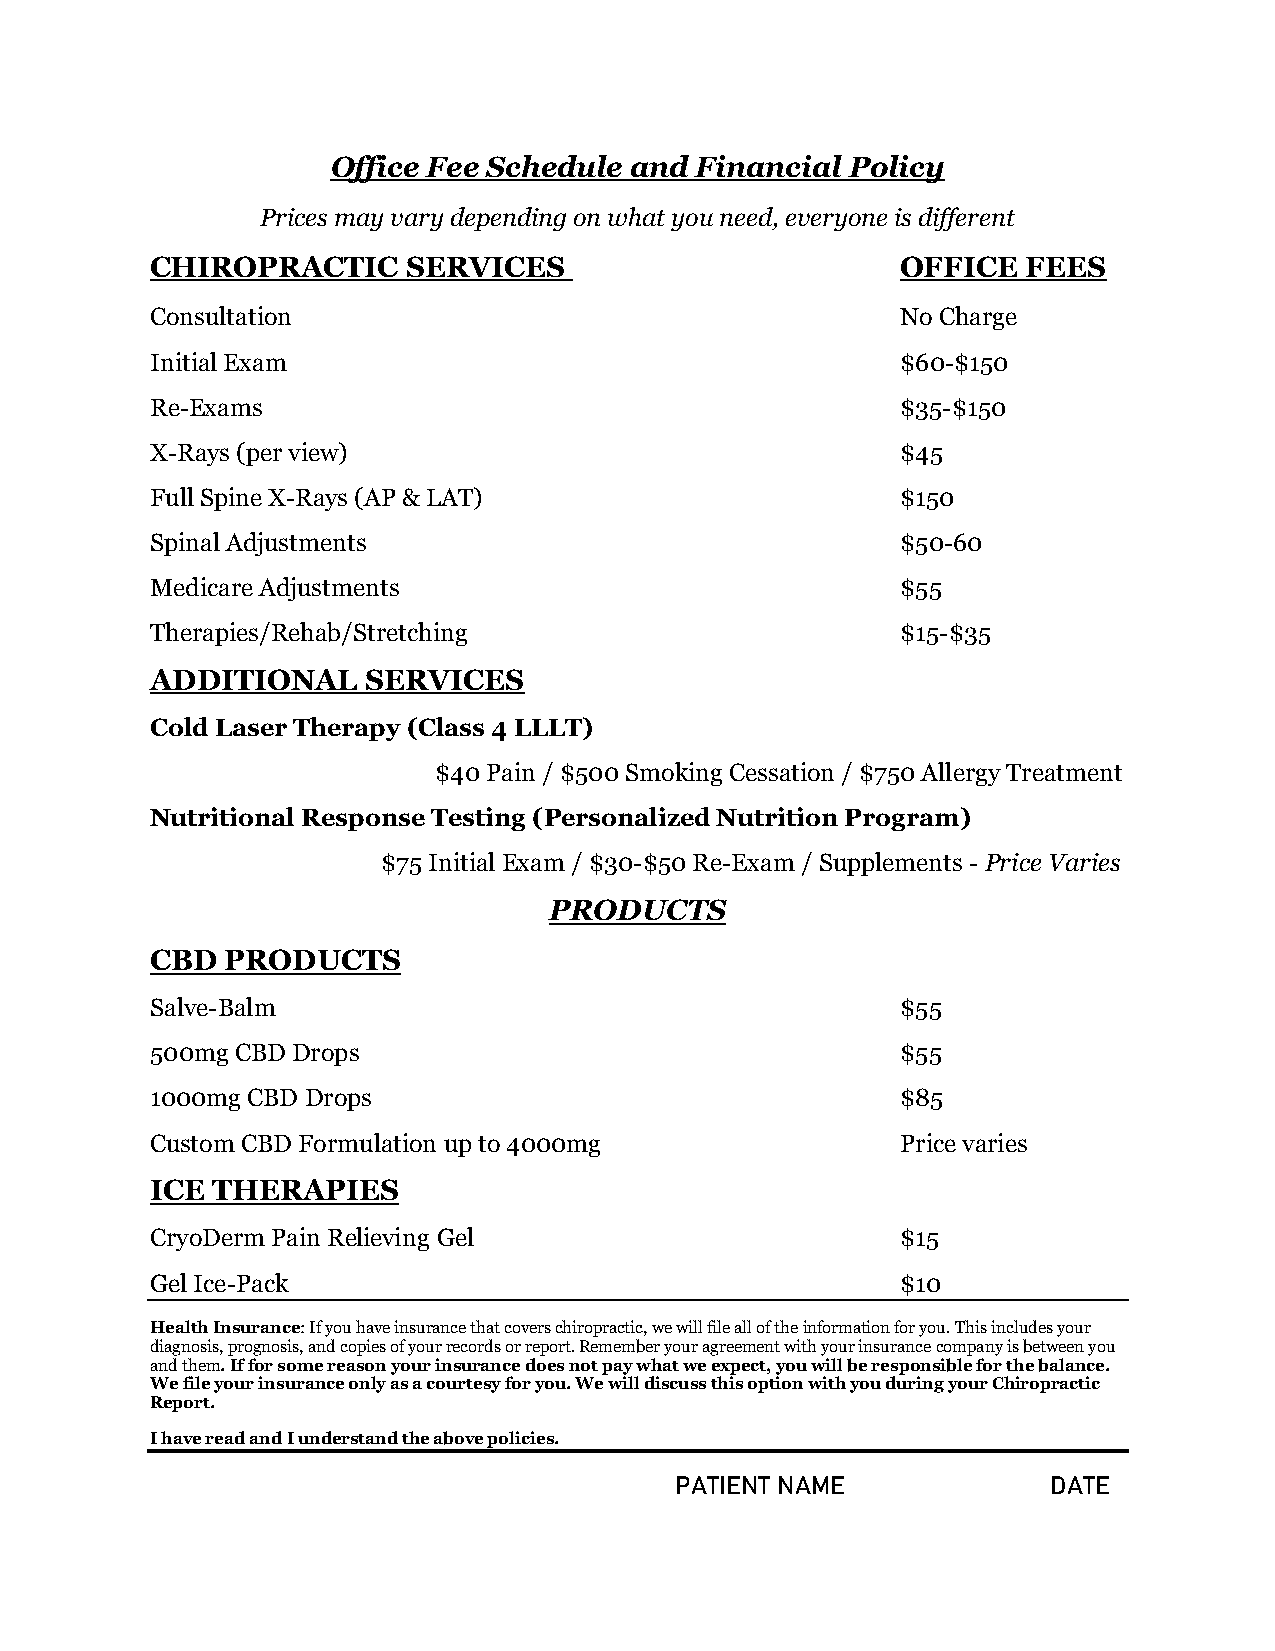
Office Fee Schedule and Financial Policy
 Prices may vary depending on what you need, everyone is different
 CHIROPRACTIC     SERVICES                         OFFICE  FEES
 Consultation                                      No Charge
 Initial Exam                                      $60-$150
 Re-Exams                                          $35-$150
 X-Rays (per view)                                 $45
 Full Spine X-Rays (AP & LAT)                      $150
 Spinal Adjustments                                $50-60
 Medicare Adjustments                              $55
 Therapies/Rehab/Stretching                        $15-$35
 ADDITIONAL    SERVICES
 Cold Laser Therapy (Class 4 LLLT)
 $40 Pain / $500 Smoking Cessation / $750 Allergy Treatment
 Nutritional Response Testing (Personalized Nutrition Program)
 $75 Initial Exam / $30-$50 Re-Exam / Supplements - Price Varies
 PRODUCTS
 CBD  PRODUCTS
 Salve-Balm                                        $55
 500mg CBD Drops                                   $55
 1000mg CBD Drops                                  $85
 Custom CBD Formulation up to 4000mg               Price varies
 ICE THERAPIES
 CryoDerm Pain Relieving Gel                       $15
 Gel Ice-Pack                                      $10
 Health Insurance: If you have insurance that covers chiropractic, we will file all of the information for you. This includes your
 diagnosis, prognosis, and copies of your records or report. Remember your agreement with your insurance company is between you
 and them. If for some reason your insurance does not pay what we expect, you will be responsible for the balance.
 We file your insurance only as a courtesy for you. We will discuss this option with you during your Chiropractic
 Report.
 I have read and I understand the above policies.
 PATIENT NAME             DATE